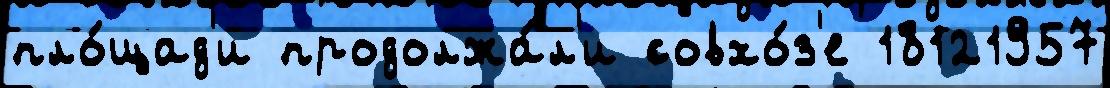
пло́щад'и продолжа́л'и совхо́з'е 18121957